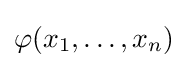
\varphi (x_{1},\dots ,x_{n})